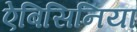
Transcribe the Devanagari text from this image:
ऐबिसिनिया